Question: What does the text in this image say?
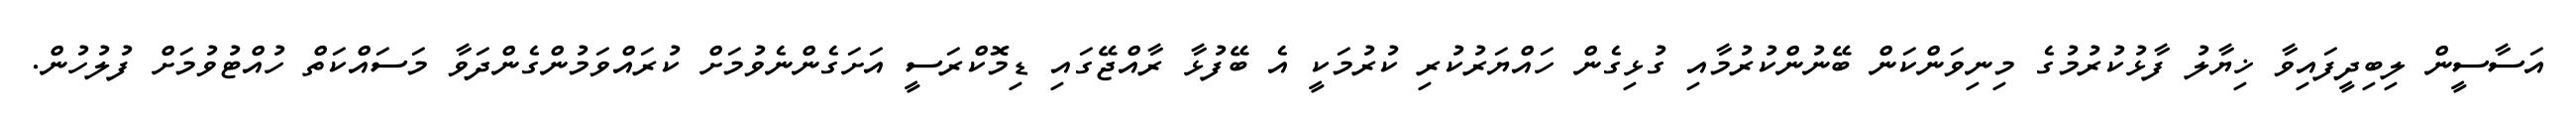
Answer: އަސާސީން ލިބިދީފައިވާ ޚިޔާލު ފާޅުކުރުމުގެ މިނިވަންކަން ބޭނުންކުރުމާއި ގުޅިގެން ހައްޔަރުކުރި ކުރުމަކީ އެ ބޭފުޅާ ރާއްޖޭގައި ޑިމޮކްރަސީ އަށަގެންނެވުމަށް ކުރައްވަމުންގެންދަވާ މަސައްކަތް ހުއްޓުވުމަށް ފުލުހުން.